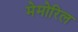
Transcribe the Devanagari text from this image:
मेमोरिल